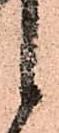
候